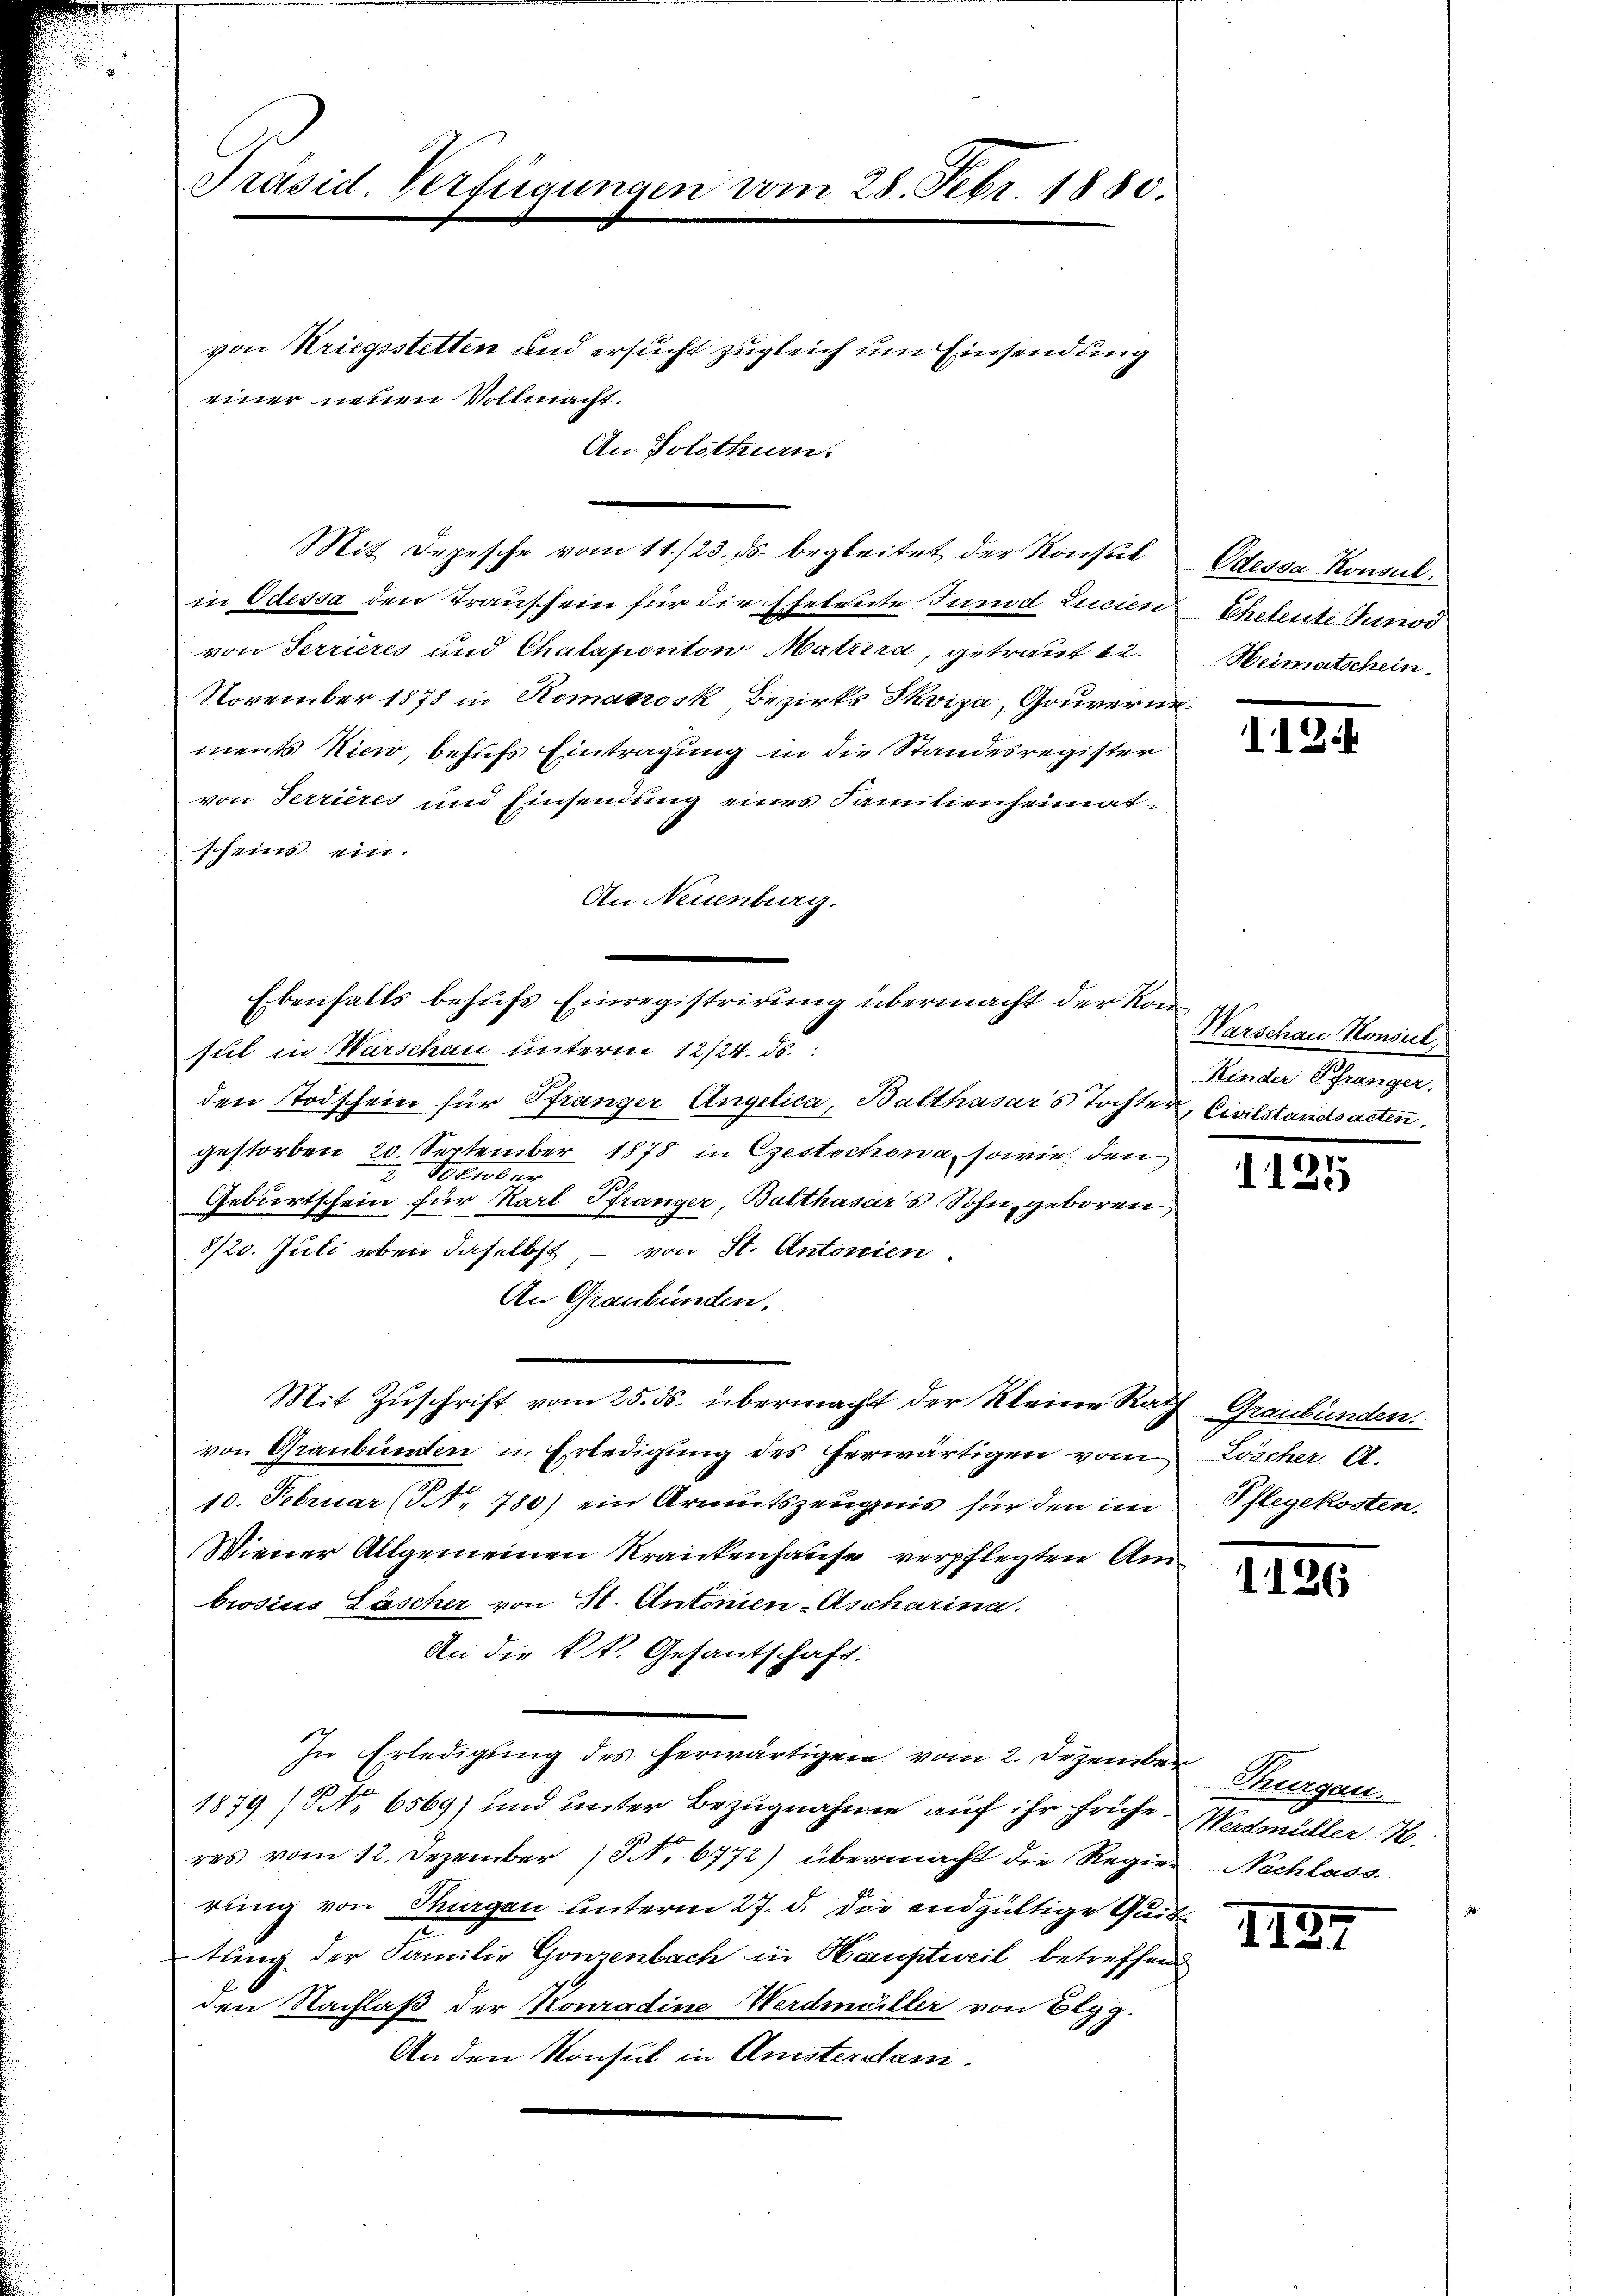
Präsid. Verfügungen vom 28. Febr. 1880.

einer neuen Vollmacht.

von Kriegsstetten und ersucht zugleich um Einsendung
An Volothurn.

Mit Depesche vom 11./23. ds. begleitet der Konsul
in Odessa den Traussein für die Eheleute Junid Lucien
von Terrieres und Chalaponton Matera, getraut 12.
November 1878 in Romanosk, Bezirks Skriza, Gouverne
ments hien, behufs Eintragung in die Standesregister
von Terrieres und Einsendung eines Familienheimatscheins ein.
An Neuenburg.
Ebenfalls behufs Einregistrirung übermacht der Konsul in Warschau unterm 12/24. ds.
den Todschein für Pfränger Angelica, Balthasar's Tochter, Civilstandsacten,
gestorben, 20. September 1878 in Gestochena, sowie den
October
Geburtschein für Karl Pfränger, Balthasars Sohn geboren
8/20. Juli eben daselbst, – von St. Antonien.
An Graubünden.
Mit Zuschrift vom 25. ds. übermacht der Kleine Rath Graubünden.
von Graubünden in Erledigŭng des erwärtigen vom Löscher A.
10. Februar (NNo. 780) ein Armutszeugnis für den im Pflegekosten.
Wiener Allgemeinen Krankenhause verpflegten Anbrosius Läscher von St. Antonien-Ascharina.
An die k.k. Gesantschaft.
In Erledigung des herwärtigen vom 2. Dezember Thurgau
1879 (NNo. 6569) und unter Bezugnahme auf ihr frühe. Werdmüller 118.
res vom 12. Dezember (S. 6772) übermacht die Regier Nachlass
rung von Thurgau unterm 27. d. die endgültige Quit
tung der Familie Gonzenbach in Hauptweil betreffend
den Nachlaß der Konradine Werdmüller von Elgg.
An den Konsul in Ansterdam.

Odessa Konsul.
Ehetente Junod
Heimatschein.

112

Warschau Konsul,
Kinder Pfränger.

1125

1126

1137